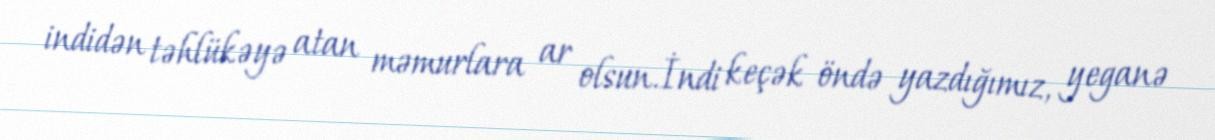
indidən təhlükəyə atan məmurlara ar olsun.İndi keçək öndə yazdığımız, yeganə